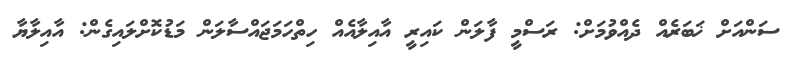
ސަންއަށް ޚަބަރެއް ދެއްވުމަށް: ރަސްމީ ފާލަން ކައިރީ އާއިލާއެއް ހިތްހަމަޖައްސާލަން މަޑުކޮށްލައިގެން: އާއިލާޔާ